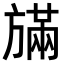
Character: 𪯿